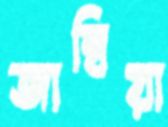
জাম্বিয়া